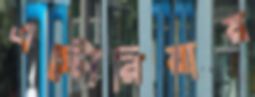
এস্টোরিয়ায়